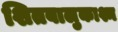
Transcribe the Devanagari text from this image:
शितबालुकाश्म